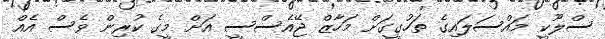
ސްލޫކީ މައްސަލައިގެ ތަހުގީގަށް މަހާޒް ޖޭއެސްސީ އަށް މީގެ ކުރިން ވެސް އެއް